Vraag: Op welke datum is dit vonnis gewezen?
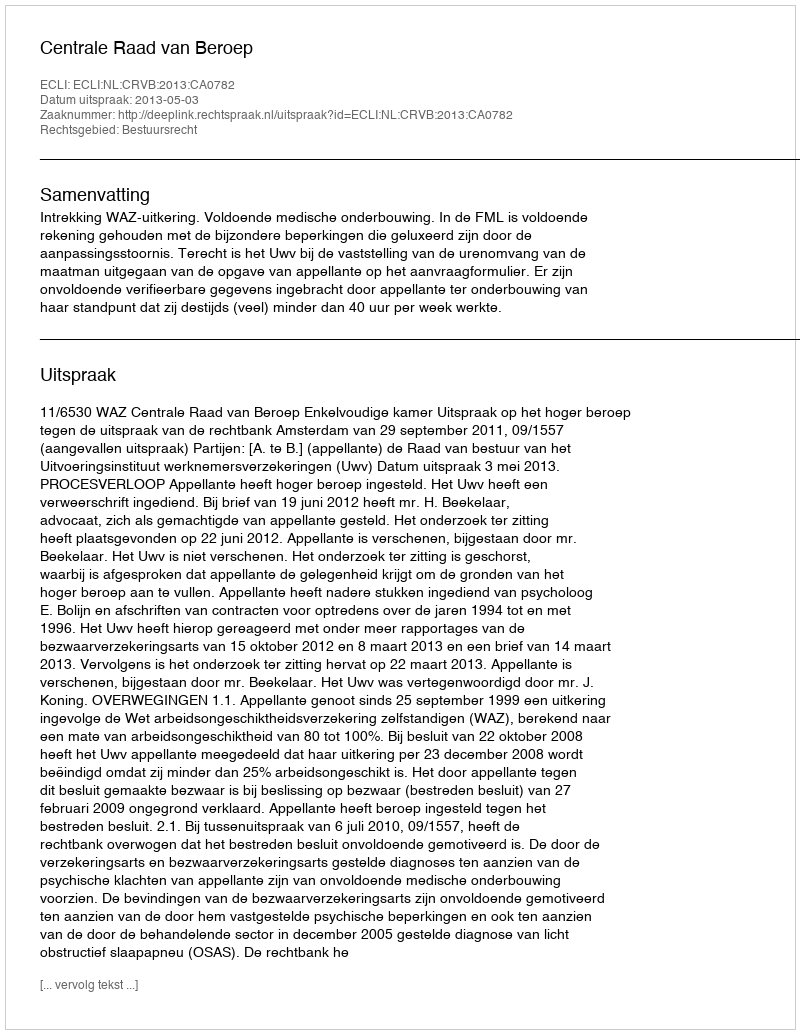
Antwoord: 2013-05-03